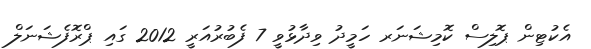
އެކުޓިން ޕޮލިސް ކޮމިޝަނަރ ހަމީދު ވިދާޅުވީ 7 ފެބުރުއަރީ 2012 ގައި ޕްރޮފެޝަނަލް